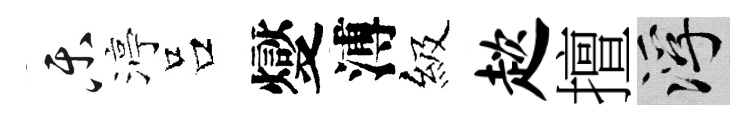
乐渟吕燮溥級趑擅浮